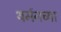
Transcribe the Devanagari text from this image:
थर्मनच्या